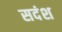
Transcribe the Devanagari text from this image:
सदंश